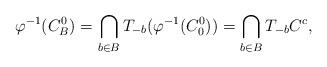
LaTeX: \begin{align*}\varphi^{-1}(C_B^0)=\bigcap_{b\in B}T_{-b} (\varphi^{-1}(C_0^0))=\bigcap_{b\in B}T_{-b} C^c,\end{align*}